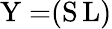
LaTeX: {\mathrm{Y}=}(\mathrm{S}\, \mathrm{L})